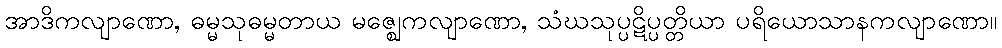
အာဒိကလျာဏော, ဓမ္မသုဓမ္မတာယ မဇ္ဈေကလျာဏော, သံဃသုပ္ပဋိပ္ပတ္တိယာ ပရိယောသာနကလျာဏော။